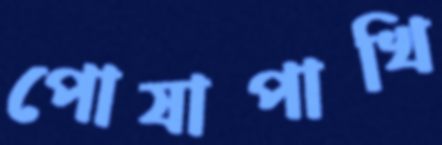
পোষাপাখি